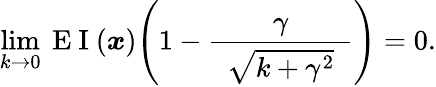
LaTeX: \operatorname*{lim}_{k\to 0}\mathrm{~E~I~}(\boldsymbol{x})\Bigg(1-\frac{\gamma}{\hphantom{e}\vphantom{\big|}\sqrt{k+\gamma^{2}}\hphantom{e}}\Bigg)=0.